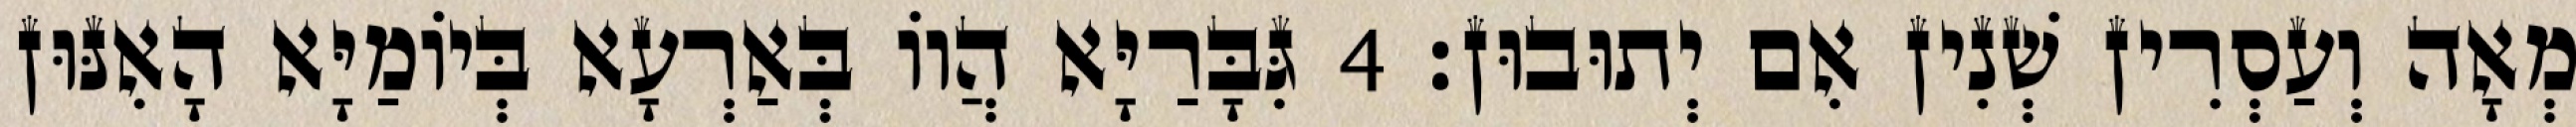
מְאָה וְעַסְרִין שְׁנִין אִם יְתוּבוּן׃ 4 גִּבָּרַיָּא הֲווֹ בְּאַרְעָא בְּיוֹמַיָּא הָאִנּוּן